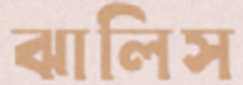
ঝালিস